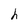
Character: h